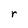
Character: r